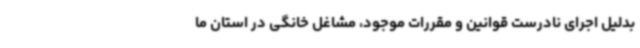
بدلیل اجرای نادرست قوانین و مقررات موجود، مشاغل خانگی در استان ما